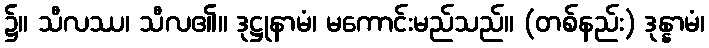
၌။ သီလဿ၊ သီလ၏။ ဒုဋ္ဌုနာမံ၊ မကောင်းမည်သည်။ (တစ်နည်း) ဒုန္နာမံ၊